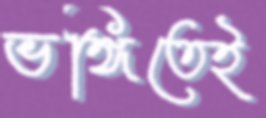
ভঙ্গিতেই